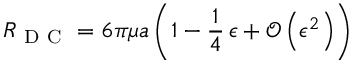
R _ { \mathrm { ~ D ~ C ~ } } = 6 \pi \mu a \left( 1 - \frac { 1 } { 4 } \, \epsilon + \mathcal { O } \left( \epsilon ^ { 2 } \right) \right)